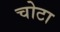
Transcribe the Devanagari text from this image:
चोटा